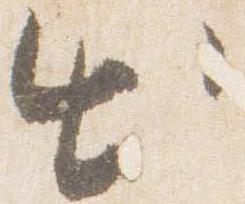
出